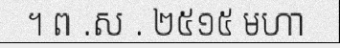
។ ព .ស . ២៥១៥ មហា